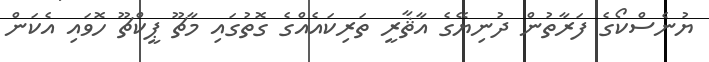
ޔުނެސްކޯގެ ފަރާތުން ދުނިޔޭގެ އާޘާރީ ތަރިކައެއްގެ ގޮތުގައި މާޗޫ ޕީކްޗޫ ހޮވައި އެކަން